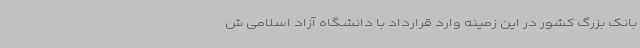
بانک بزرگ کشور در این زمینه وارد قرارداد با دانشگاه آزاد اسلامی ش